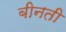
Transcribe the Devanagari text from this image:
बीनती